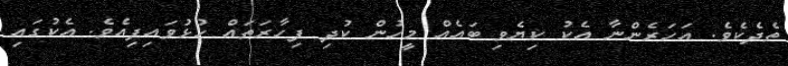
ތެދެކެވެ. އަހަރެންނާ އެކު ކިޔެވި ބައެއް މީހުން ކުދި ފިހާރަތައް ހުޅުވައިފިއެވެ. އެކުގައި